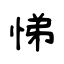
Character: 悌